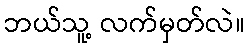
ဘယ်သူ့ လက်မှတ်လဲ။